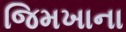
જિમખાના